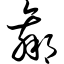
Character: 羸